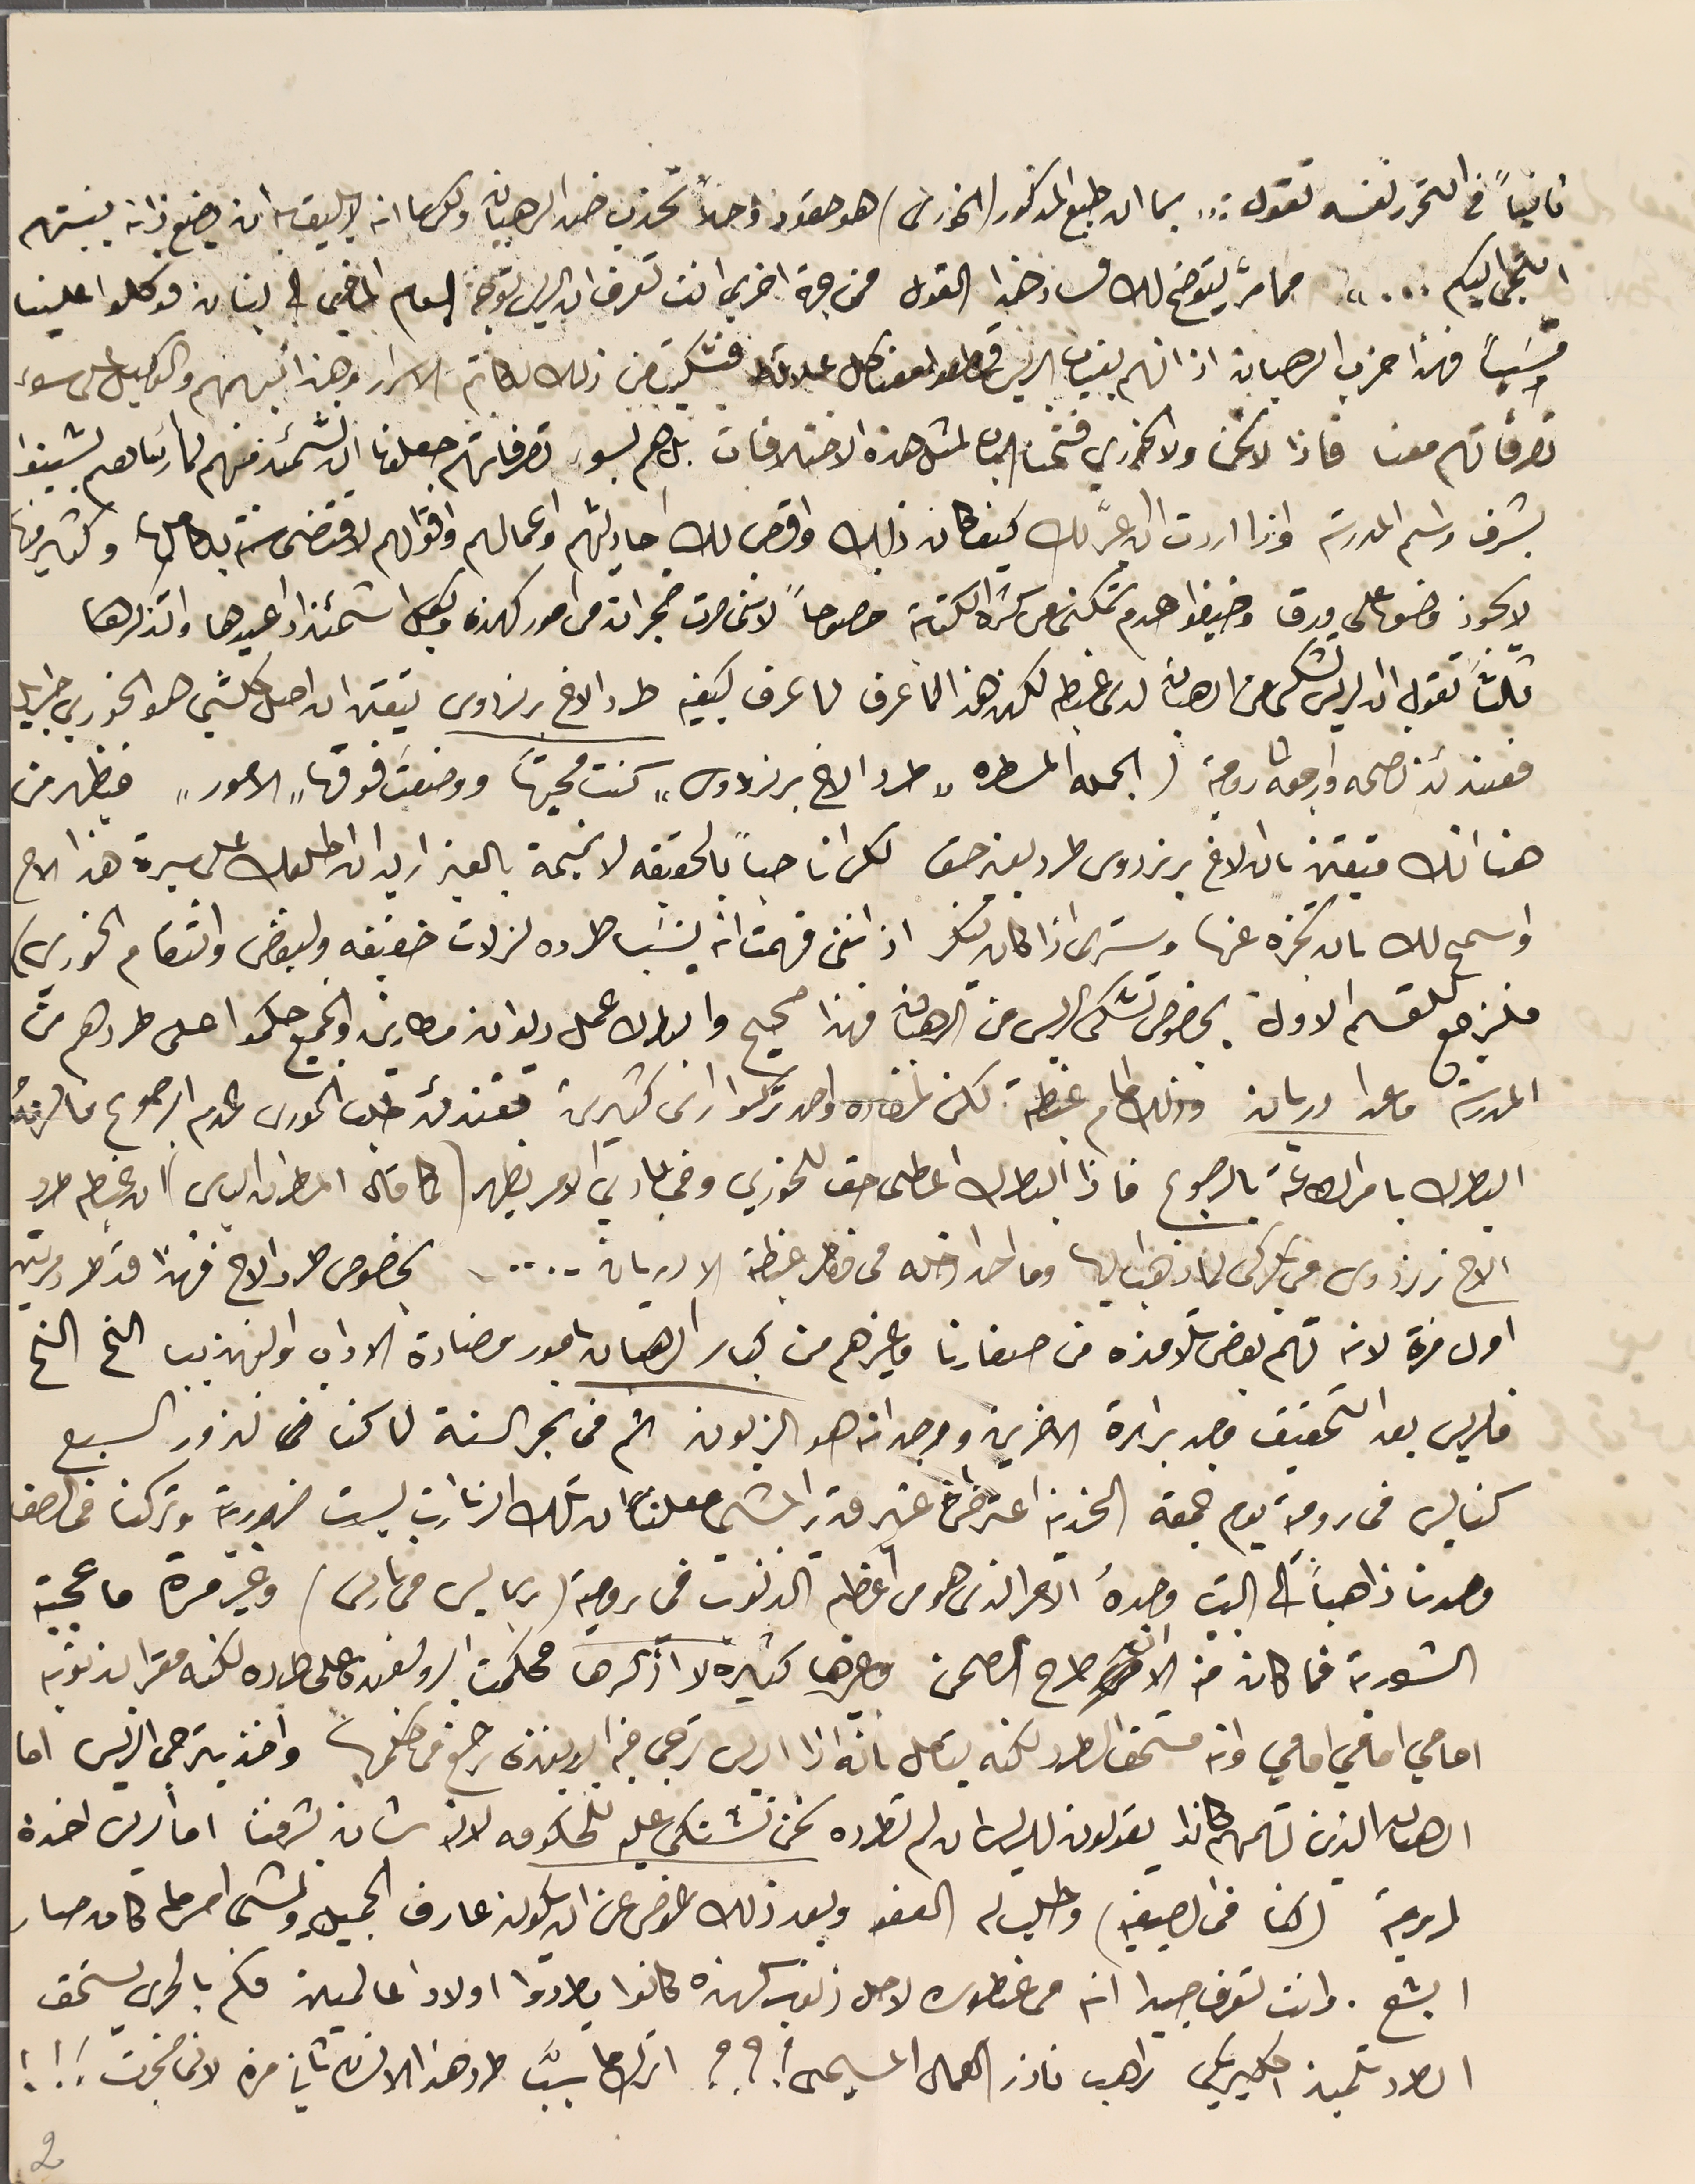
ثانياً فى التحرر نفسَه تقول : " بما ان طبع المذكور (الخورى) هو حقود وحالاً تحزب ضد الرهبان ولكن بما انه لا يليق به ان يضع ذلته بينهم
التجى اليكم..." مما مرَّ يتوضح لك فساد هذا القول من جهة اخرى انت تعرف ان الريس توجةَ العام الماضي الى لبنان فوكلوا علينا
وسَياً فهذا خرب الرهبان اذا انهم بغياب الريس قطعو معنا كل علاقه كله فشكيت من ذلك لكاتم الاسرار وهذا انبههم والوكيل على سوء
تصرفاتهم معنا فاذا لا نحن ولا الخوري فتحنا الباب لمثل هذه الاختلافات بل هم بسوء تصرفاتهم جعلونا ان نشمئذ منهم لما رئساهم يشينوا
بشرف واسم المدرسة واذا اردت ان اعبر لك كيف كان ذلك واقص لك احاديثهم واعمالهم واقوالهم لاقتضى سنة بكاملها وكتير منها
لا يجوز وضعها على ورق وضيفو عدم تمكنى عل كثرة الكتابة خصوصاً لانى صرت ضجران من امو كهذه وبكل اشمئزاز اعيدها واتذكرها
ثالثاً تقول ان الريس تشكى من الرهبان لدى غبطه لكن هذا لما عرف لما عرف كيفيه طرد الاخ برنردوس يتعين ان اصل كلشي هو الخوري جبرايل
فعندئذ نصحه وارجعه الى رومية (الجمله المسطره "طرد الاخ برنردوس" كنت محيتها ووضعت فوقها "الامور" فيظهر من
هنا انك متيقن بان الاخ برنردوس طرد بغير حق لكن انا حباً بالحقيقه لا نميمة بالغير اريد ان اطلعك على سيرة هذا الاخ
واسمح لك ىان تخبره عنها وسترى اذا كان تنكر اذ اننى فهمت انه ينسَب طرده لزلات خفيفه ولبغض وانتقام الخوري)
فلنرجع للقسم الاول، بخصوص تشكى الريس من الرهبان فهذا صحيح والبطرك عمل ديوان مطارين والجميع حكموا على طردهم من
المدرسَة ما عدا دريان وذلل امام غبطته لكن لمفاده واحد تركوا راى كثيرين وقتئدئد طلب الخورى عدم الرجوع فالزمهُ
البطرك بامر الطاعة بالرجوع فاذا البطرك اعطى حق للخوري وفي بادي الامر يظهر (كماقال المطران الياس) ان غبطه طرد
الاخ برنردوس في بكركى لما ذهبا اليها وما احد ادخله فى خاطر غبطته الا دريان.... . بخصوص طرد الاح فهذا قد طرد مرتين
اول مرة لانه تهم بعض تلامذه من صغارنا وغيرهم من كبار الرهبان بامور مضادة الاداب والتهذيب الخ الخ
فالريس بعد التحقيق وجد براءة الاخرين ووجد انه هو الزبون ثم فى بحر السنة لما كنا نزور السبع
كنايس فى رومية يوم جمعة الحزينة اعترض غير قدر المشي معلناً ان تلك الزيارات ليست ضرورية وتركنا فى الصف
وحدنا ذاهباً الى البيت وحدهُ الامر الذى هو من اعظم الذنوب فى رومية (ربما ليس فى باريس) وغير مرة ما عجبته
الشوربة فما كان منه الا ان طرح الصحن وغيرها كثيرة لا اذكرها فحكمت البروبغندة على طرده لكنه مقرا بذنوبه
امامي امامي امامي وانه مستحق الطرد لكنه يتعامل بانه اذا الريس ترجى فيه البروبغندة ترجع فى حكمها واخذ يترجى الريس اما
الرهبان الذين تهمهم كانوا يقولون للريسَ ان لم تطرده نحن نشتكى عليه للحكومه لانه شان بشرفنا اما الريس اخده
لرومية (كنا فى الصيفيه) وطلب له العفو وبعد ذلك عوض عن ان يكون عارف الجميل ولشي امر ما كان صار
ابشع. وانت تعرف جيدا انه من عنطوره لاجل زنوب كهذه كانوا يطردوا اولاد عالمين فكم بالحري يستحق
الطرد تلميذ اكليريكي راهب ناذر العمال المسيحى ؟؟؟ اترك ما سببَّ طرد هذا الانسان ثاني مره لانى ضجرت ! ! !.
2